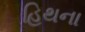
હિથના